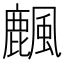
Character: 𪋖